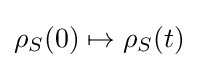
\rho _{S}(0)\mapsto \rho _{S}(t)